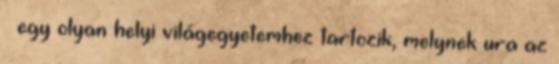
– egy olyan helyi világegyetemhez tartozik, melynek ura az